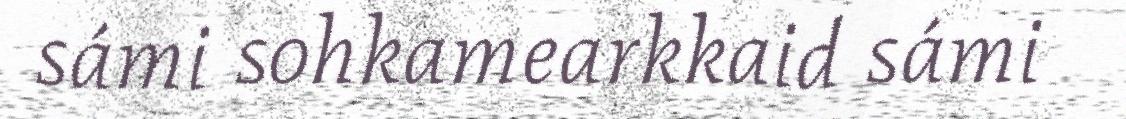
sámi sohkamearkkaid sámi